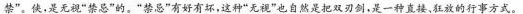
禁”。侠，是无视”禁忌”的。”禁忌”有好有坏，这种”无视”也自然是把双刃剑，是一种直接、狂放的行事方式。